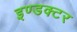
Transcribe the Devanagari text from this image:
इण्डक्टर